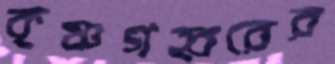
কৃষ্ণগহ্বরের